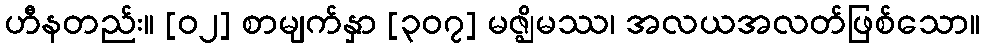
ဟီနတည်း။ [၀၂] စာမျက်နှာ [၃၀၇] မဇ္ဈိမဿ၊ အလယအလတ်ဖြစ်သော။